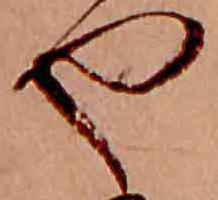
や